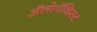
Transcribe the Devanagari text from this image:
अॅलोपॅथिस्ट